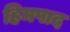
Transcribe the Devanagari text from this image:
हिमपाद